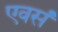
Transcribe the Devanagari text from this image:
एवसं